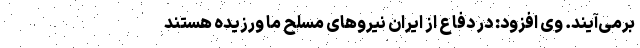
برمی‌آیند. وی افزود: در دفاع از ایران نیروهای مسلح ما ورزیده هستند